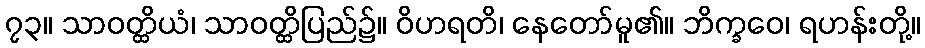
၇၃။ သာဝတ္ထိယံ၊ သာဝတ္ထိပြည်၌။ ဝိဟရတိ၊ နေတော်မူ၏။ ဘိက္ခဝေ၊ ရဟန်းတို့။